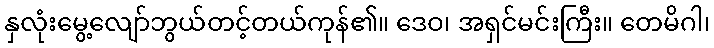
နှလုံးမွေ့လျော်ဘွယ်တင့်တယ်ကုန်၏။ ဒေဝ၊ အရှင်မင်းကြီး။ တေမိဂါ၊